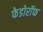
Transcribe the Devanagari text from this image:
फेडोरॉफ